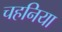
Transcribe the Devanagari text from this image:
चहनिया